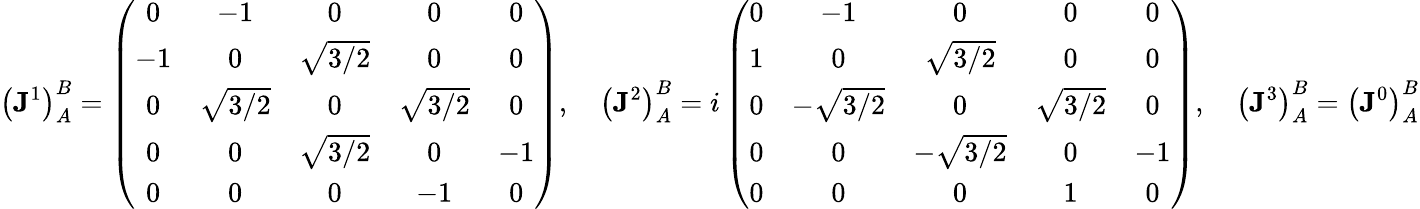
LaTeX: \left({\mathbf J}^{1}\right)_{A}^{B}=\left(\begin{array}{ccccc}{{0}}&{{-1}}&{{0}}&{{0}}&{{0}}\\ {{-1}}&{{0}}&{{\sqrt{3/2}}}&{{0}}&{{0}}\\ {{0}}&{{\sqrt{3/2}}}&{{0}}&{{\sqrt{3/2}}}&{{0}}\\ {{0}}&{{0}}&{{\sqrt{3/2}}}&{{0}}&{{-1}}\\ {{0}}&{{0}}&{{0}}&{{-1}}&{{0}}\end{array}\right),\quad\left({\mathbf J}^{2}\right)_{A}^{B}=i\left(\begin{array}{ccccc}{{0}}&{{-1}}&{{0}}&{{0}}&{{0}}\\ {{1}}&{{0}}&{{\sqrt{3/2}}}&{{0}}&{{0}}\\ {{0}}&{{-\sqrt{3/2}}}&{{0}}&{{\sqrt{3/2}}}&{{0}}\\ {{0}}&{{0}}&{{-\sqrt{3/2}}}&{{0}}&{{-1}}\\ {{0}}&{{0}}&{{0}}&{{1}}&{{0}}\end{array}\right),\quad\left({\mathbf J}^{3}\right)_{A}^{B}=\left({\mathbf J}^{0}\right)_{A}^{B}